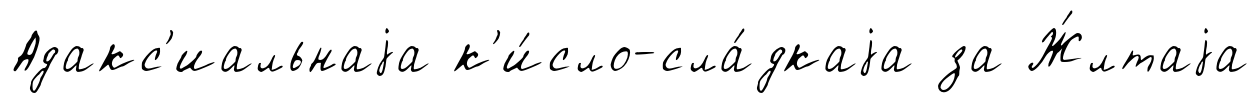
Адакс'иальнаjа к'и́сло-сла́дкаjа за Ж́лтаjа